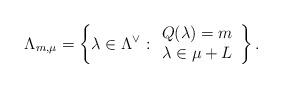
LaTeX: \begin{align*}\Lambda_{m,\mu} = \left\{ \lambda \in \Lambda^\vee :\begin{array}{c}Q(\lambda) =m \\ \lambda \in \mu + L \end{array} \right\}.\end{align*}